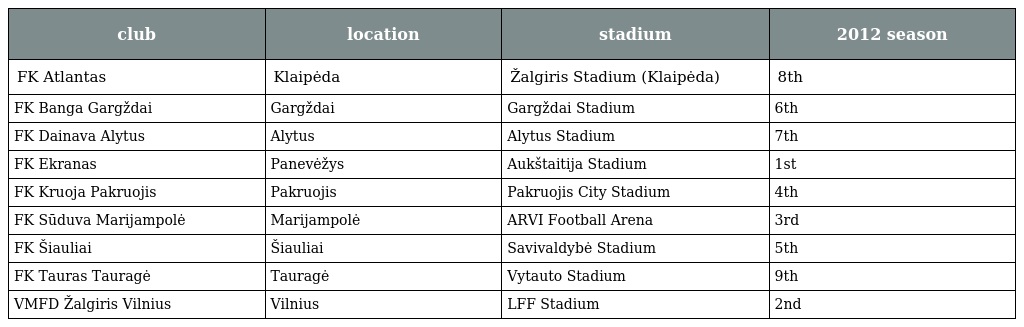
| club | location | stadium | 2012 season |
 | --- | --- | --- | --- |
 | FK Atlantas | Klaipėda | Žalgiris Stadium (Klaipėda) | 8th |
 | FK Banga Gargždai | Gargždai | Gargždai Stadium | 6th |
 | FK Dainava Alytus | Alytus | Alytus Stadium | 7th |
 | FK Ekranas | Panevėžys | Aukštaitija Stadium | 1st |
 | FK Kruoja Pakruojis | Pakruojis | Pakruojis City Stadium | 4th |
 | FK Sūduva Marijampolė | Marijampolė | ARVI Football Arena | 3rd |
 | FK Šiauliai | Šiauliai | Savivaldybė Stadium | 5th |
 | FK Tauras Tauragė | Tauragė | Vytauto Stadium | 9th |
 | VMFD Žalgiris Vilnius | Vilnius | LFF Stadium | 2nd |